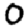
Digit: 0